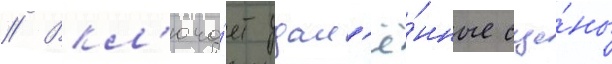
// Вкл'юча́ет удал'ё́нные сце́ны